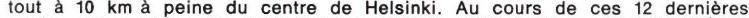
tout à 10 km a peine du centre de Helsinki. Au cours de ces 12 dernières